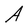
Character: A